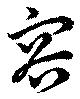
容